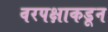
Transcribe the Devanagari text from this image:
वरपक्षाकडून